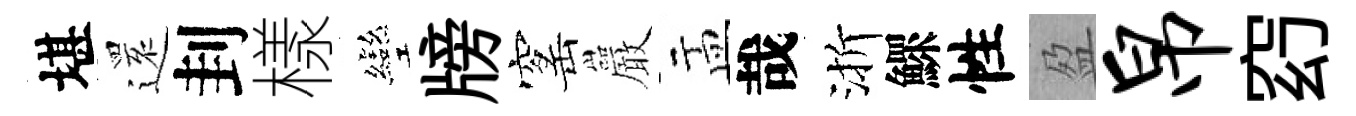
堪𮟃刲樣彎牓窰巖盂哉渐鰥性盈帛𥥆